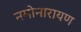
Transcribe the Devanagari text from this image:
नमोनारायण